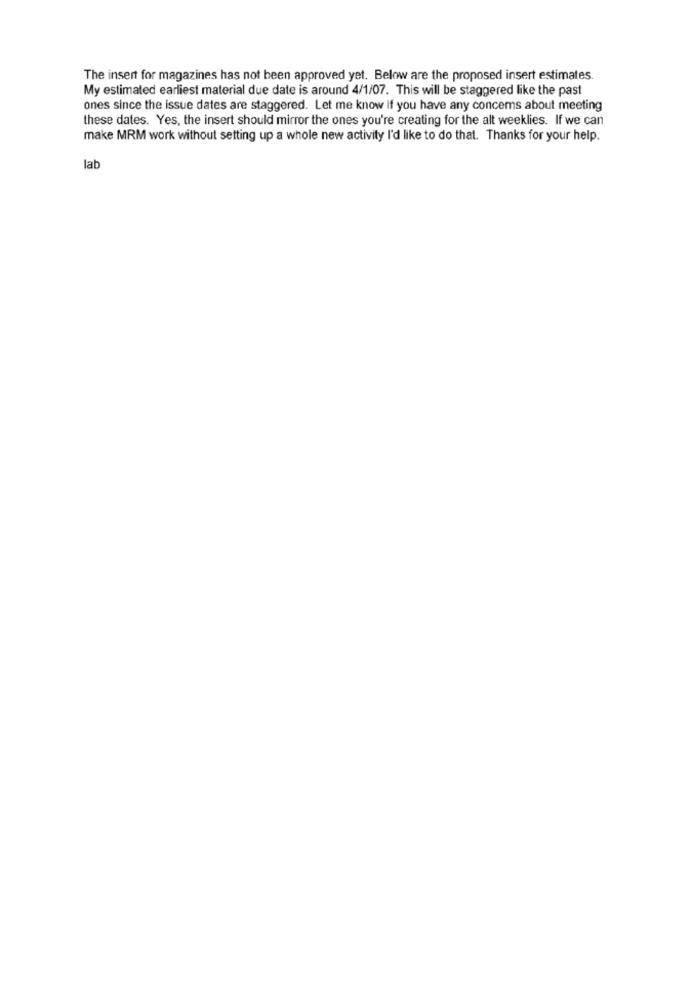
The insert for magazines has not been approved yet. Below are the proposed insert estimates.
My estimated earliest material due date is around 4/1/07. This will be staggered like the past
ones since the issue dates are staggered. Let me know if you have any concems about meeting
these dates. Yes, the insert should mirror the ones you're creating for the alt weeklies. If we can
make MRM work without setting up a whole new activity I'd like to do that. Thanks for your help.
lab